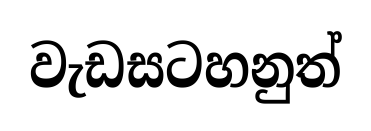
වැඩසටහනුත්